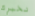
نخبرك